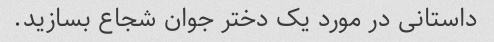
داستانی در مورد یک دختر جوان شجاع بسازید.